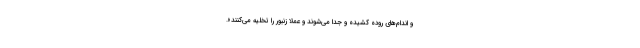
و اندام‌های روده کشیده و جدا می‌شوند و عملاً زنبور را تخلیه می‌کنند».